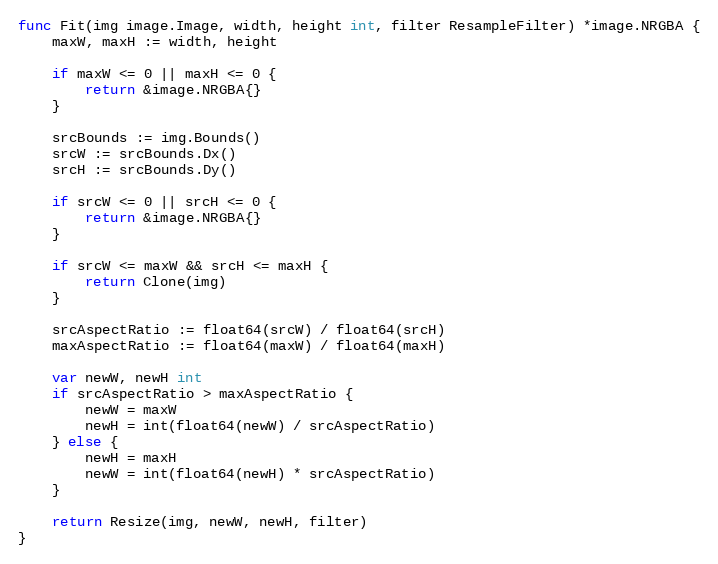
Language: Go
func Fit(img image.Image, width, height int, filter ResampleFilter) *image.NRGBA {
	maxW, maxH := width, height

	if maxW <= 0 || maxH <= 0 {
		return &image.NRGBA{}
	}

	srcBounds := img.Bounds()
	srcW := srcBounds.Dx()
	srcH := srcBounds.Dy()

	if srcW <= 0 || srcH <= 0 {
		return &image.NRGBA{}
	}

	if srcW <= maxW && srcH <= maxH {
		return Clone(img)
	}

	srcAspectRatio := float64(srcW) / float64(srcH)
	maxAspectRatio := float64(maxW) / float64(maxH)

	var newW, newH int
	if srcAspectRatio > maxAspectRatio {
		newW = maxW
		newH = int(float64(newW) / srcAspectRatio)
	} else {
		newH = maxH
		newW = int(float64(newH) * srcAspectRatio)
	}

	return Resize(img, newW, newH, filter)
}